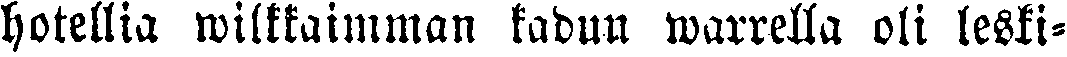
hotellia wilkkaimman kadun warrella oli leski-